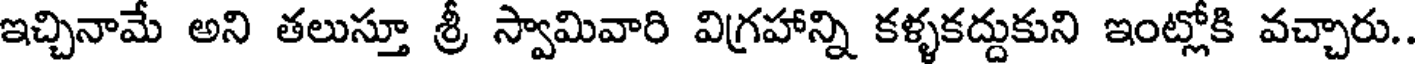
ఇచ్చినామే అని తలుస్తూ శ్రీ స్వామివారి విగ్రహాన్ని కళ్ళకద్దుకుని ఇంట్లోకి వచ్చారు..